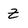
Character: Z